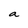
Character: a